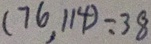
( 7 6 , 1 1 4 ) = 3 8